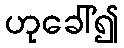
ဟုခေါ်၍